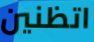
اتظنين